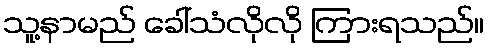
သူ့နာမည် ခေါ်သံလိုလို ကြားရသည်။